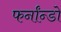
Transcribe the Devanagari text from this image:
फर्नांन्डो